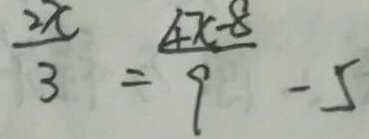
\frac { 2 x } { 3 } = \frac { 4 x - 8 } { 9 } - 5